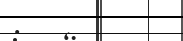
: